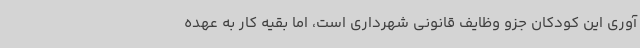
آوری این کودکان جزو وظایف قانونی شهرداری است، اما بقیه کار به عهده